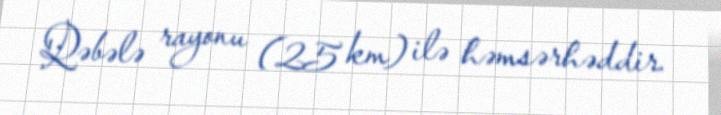
Qəbələ rayonu (25 km) ilə həmsərhəddir.